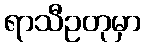
ရာသီဥတုမှာ